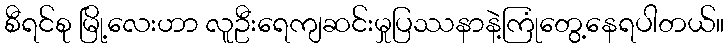
စီရင်စု မြို့လေးဟာ လူဦးရေကျဆင်းမှုပြဿနာနဲ့ကြုံတွေ့နေရပါတယ်။